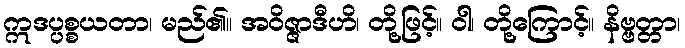
ဣဒပ္ပစ္စယတာ၊ မည်၏။ အဝိဇ္ဇာဒီဟိ၊ တို့ဖြင့်။ ဝါ၊ တို့ကြောင့်။ နိဗ္ဗတ္တာ၊